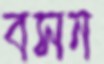
বসন